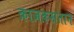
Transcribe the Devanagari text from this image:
क़ाज़क़सतान